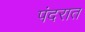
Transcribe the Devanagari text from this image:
पंदरात